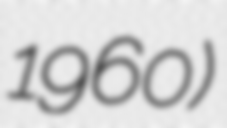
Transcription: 1960)